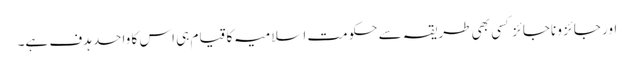
اور جائز و ناجائز کسی بھی طریقہ سے حکومت اسلامیہ کا قیام ہی اس کا واحد ہدف ہے۔